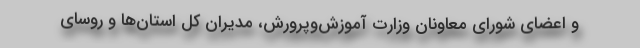
و اعضای شورای معاونان وزارت آموزش‌وپرورش، مدیران کل استان‌ها و روسای